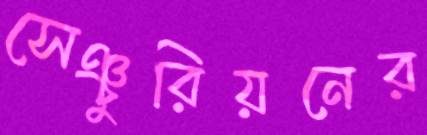
সেঞ্চুরিয়নের